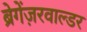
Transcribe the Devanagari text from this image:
ब्रेगेंज़रवाल्डर